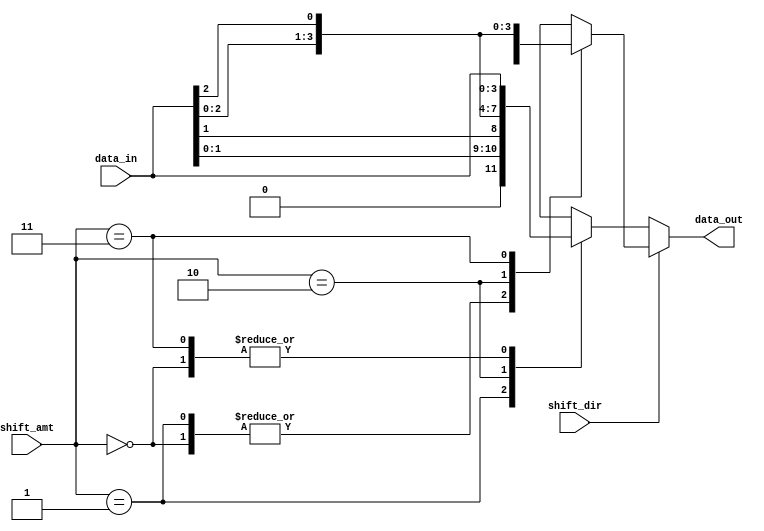
module BarrelShifter (
    input wire [3:0] data_in,
    input wire [1:0] shift_amt,
    input wire shift_dir,
    output reg [3:0] data_out
);

always @(*) begin
    if (shift_dir) begin // Right shift
        case(shift_amt)
            2'b00: data_out = data_in;
            2'b01: data_out = {data_in[0], data_in};
            2'b10: data_out = {data_in[1:0], data_in[1:0]};
            2'b11: data_out = {data_in[2:0], data_in[2]};
            default: data_out = data_in;
        endcase
    end else begin // Left shift
        case(shift_amt)
            2'b00: data_out = data_in;
            2'b01: data_out = {data_in[1:0], data_in[1]};
            2'b10: data_out = {data_in[2:0], data_in[2]};
            2'b11: data_out = {data_in[3], data_in[3:0]};
            default: data_out = data_in;
        endcase
    end
end

endmodule